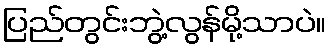
ပြည်တွင်းဘွဲ့လွန်မို့သာပဲ။